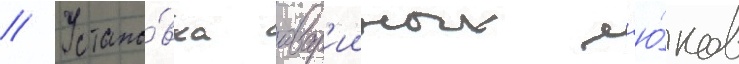
// Устано́вка авар'ииных л'ю́ков